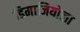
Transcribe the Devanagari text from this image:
डिमाजियोला